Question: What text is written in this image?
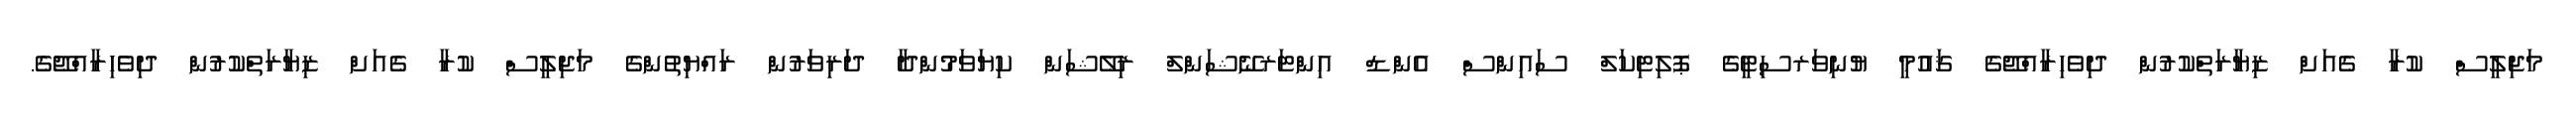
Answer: މަޖިލީސް ކުރާ ގެއަށް ޒިޔާރަތްކުރުން ދިވެހިރާއްޖޭގެ ޤައުމީ ޔުނިވަރސިޓީގެ ޕޮލިޓިކަލް ސައިންސް އެންޑް އިންޓަރނޭޝަންލް ރިލޭޝަން ކިޔަވަމުންދާ ދަރިވަރުން ރައްޔިތުންގެ މަޖިލީސް ކުރާ ގެއަށް ޒިޔާރަތްކުރުން ދިވެހިރާއްޖޭގެ.